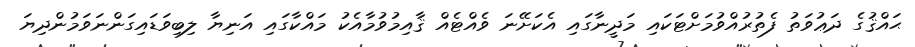
ޙައްޤުގެ ދަޢުވަތު ފެތުރުއްވުމަށްޓަކައި މަދީނާގައި އެކަށޭނަ ވެއްޓެއް ޤާއިމުވުމާއެކު މައްކާގައި އަނިޔާ ލިބިވަޑައިގަންނަވަމުންދިޔަ